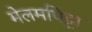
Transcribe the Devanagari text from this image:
मेलमपिट्टा